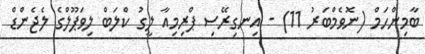
ބާމިންހަމް (ނޮވެމްބަރު 11) - އިނގިރޭސި ޕްރިމިއާ ލީގު ކްލަބް ލިވަޕޫލްގެ ލެޖެންޑް